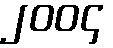
၂၀၀၄